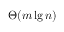
\Theta ( m \lg n )